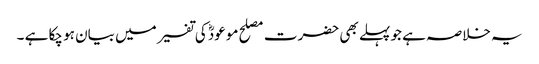
یہ خلاصہ ہے جو پہلے بھی حضرت مصلح موعودؓ کی تفسیر میں بیان ہو چکا ہے ۔